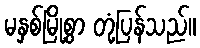
မနှစ်မြို့စွာ တုံ့ပြန်သည်။